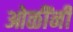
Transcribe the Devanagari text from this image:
ओळींनी